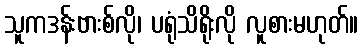
သူကဒန်းဗားစ်လို၊ ပရုံသိရိုးလို လူစားမဟုတ်။